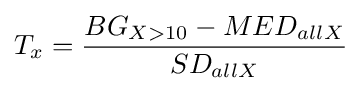
T_{x}={\frac {BG_{X>10}-MED_{allX}}{SD_{allX}}}